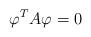
LaTeX: \begin{align*}\varphi^{T}A\varphi=0 \end{align*}